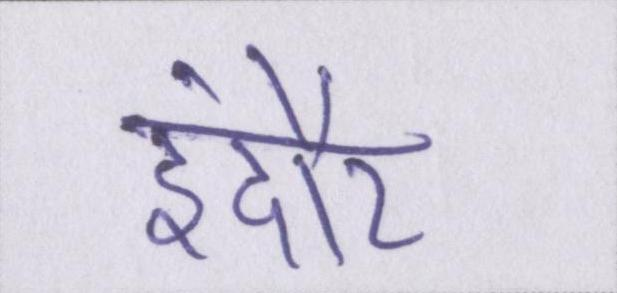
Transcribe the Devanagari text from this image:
इंदौर